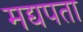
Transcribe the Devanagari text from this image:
मद्यपता